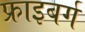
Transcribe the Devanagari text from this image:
फ्राइबर्ग